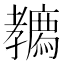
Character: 𡦳